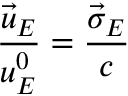
\frac { \vec { u } _ { E } } { u _ { E } ^ { 0 } } = \frac { \vec { \sigma } _ { E } } { c }